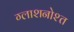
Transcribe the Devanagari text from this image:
ग्लाशनोश्त